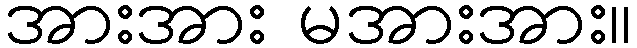
အားအား မအားအား။